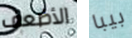
الأضعف بيبا